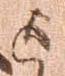
迄